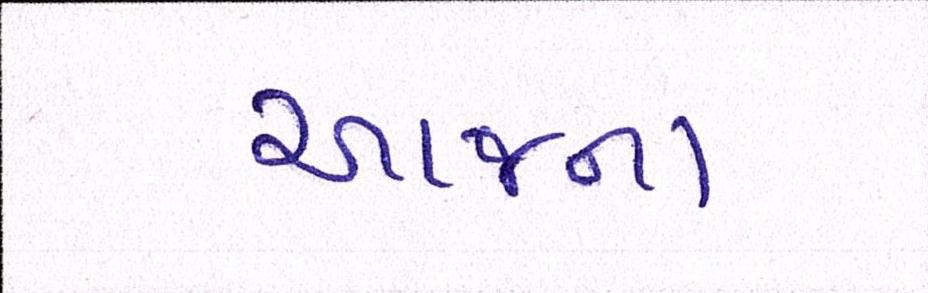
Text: આજના